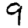
Digit: 9